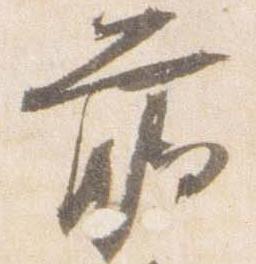
臈